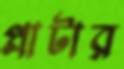
প্লাটার